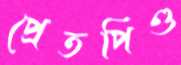
প্রেতপিণ্ড